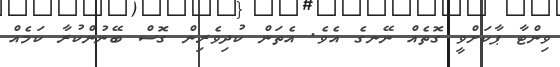
ވިންޓާ ޕާކަށްވީ ގޮތެއް ނޭނގެ އެވެ. އެތަން ކުދިވެރިން ގޮސް ބޭނުންކުރާ ކަމެއް